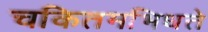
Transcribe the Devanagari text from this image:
चकितमभिधत्ते